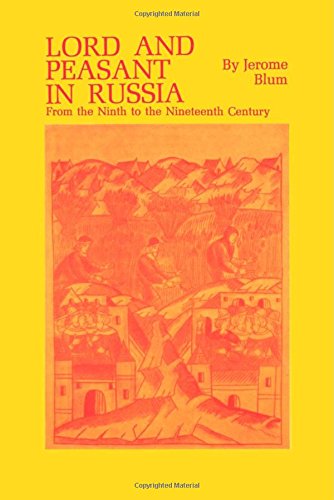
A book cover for Lord and Peasant in Russia from the Ninth to the Nineteenth Century; Jerome Blum; Politics & Social Sciences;